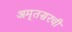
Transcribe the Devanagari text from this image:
अमृतसरची